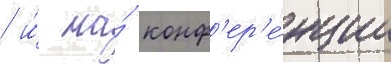
/ и́ на́ конф'ер'е́нции